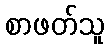
စာဖတ်သူ